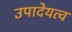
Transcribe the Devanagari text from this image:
उपादेयत्व